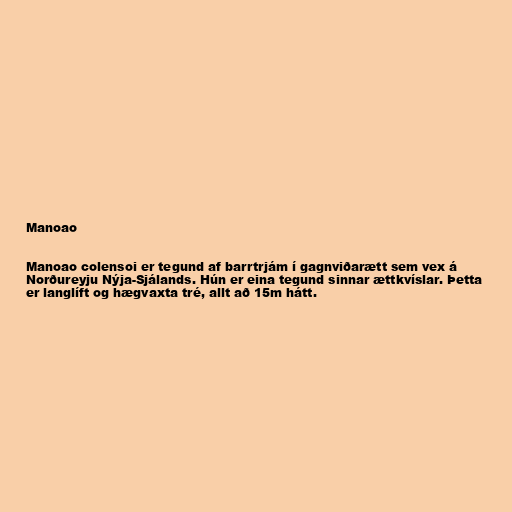
Manoao

Manoao colensoi er tegund af barrtrjám í gagnviðarætt sem vex á
Norðureyju Nýja-Sjálands. Hún er eina tegund sinnar ættkvíslar. Þetta
er langlíft og hægvaxta tré, allt að 15m hátt.